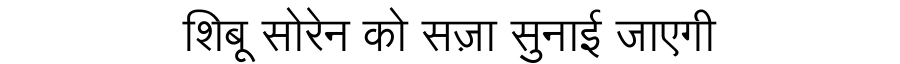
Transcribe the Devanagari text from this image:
शिबू सोरेन को सज़ा सुनाई जाएगी